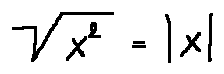
\sqrt { x ^ { 2 } } = | x |